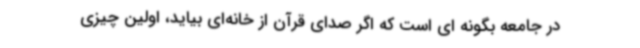
در جامعه بگونه ‌ای است که اگر صدای قرآن از خانه‌ای بیاید، اولین چیزی